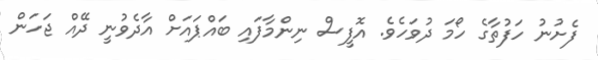
ފެށުނު ހަފުތާގެ ހޯމަ ދުވަހެވެ. އޮފީސް ނިންމާފައި ބައްޕައަށް އާދެވުނީ ދޭއް ޖަހަން